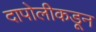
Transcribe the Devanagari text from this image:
दापोलीकडून